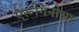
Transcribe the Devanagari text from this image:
एरूगिनोसा